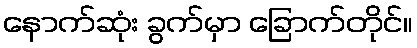
နောက်ဆုံး ခွက်မှာ ခြောက်တိုင်။